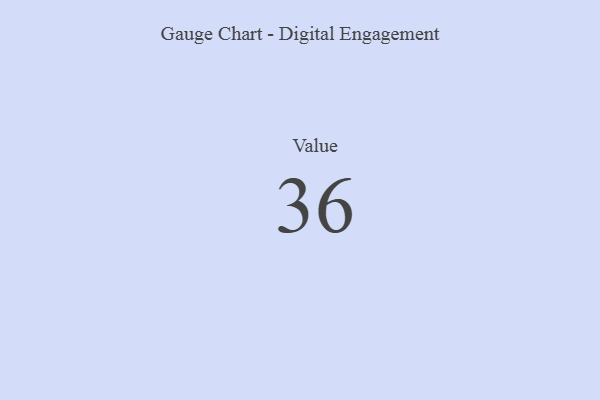
{"axis": {"x": "Metric", "y": "Value"}, "legend": [""], "data": [{"x": "Value", "y": 36, "type": ""}]}